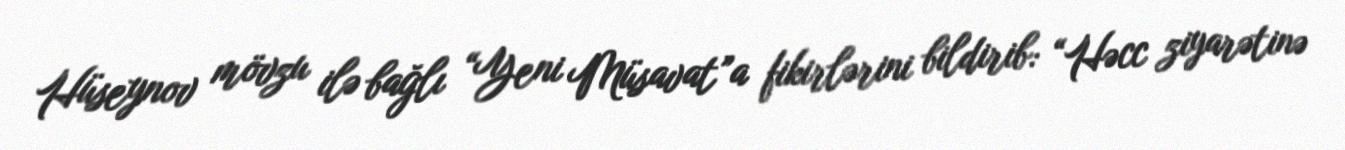
Hüseynov mövzu ilə bağlı “Yeni Müsavat”a fikirlərini bildirib: “Həcc ziyarətinə